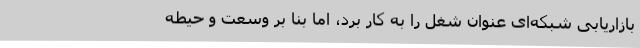
بازاریابی شبکه‌ای عنوان شغل را به کار برد، اما بنا بر وسعت و حیطه